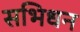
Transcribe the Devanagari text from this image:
सभिधन